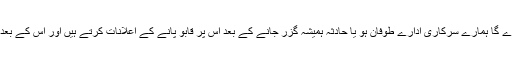
کون آکر اس طوفان بلاخیز مقابلہ کرے گا ہمارے سرکاری ادارے طوفان ہو یا حادثہ ہمیشہ گزر جانے کے بعد اس پر قابو پانے کے اعلانات کرتے ہیں اور اس کے بعد پھر وہی خراٹے گونجنے لگتے ہیں۔